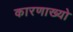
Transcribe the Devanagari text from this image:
कारणाख्यो